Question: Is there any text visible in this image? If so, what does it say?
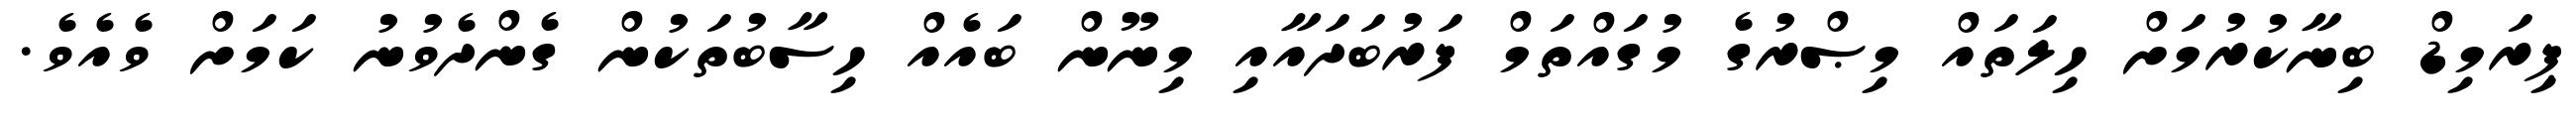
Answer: ޕިރަމިޑް ބިނާކުރުމަށް ހިލަތައް މިޞްރުގެ މުގައްތަމް ފަރުބަދައާއި މިނޫން ބައެއް ހިސާބުތަކުން ގެންދެވުނު ކަމަށް ވެއެވެ.